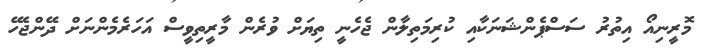
މޮރީނިއޯ އިތުރު ސަސްޕެންޝަނަކާއި ކުރިމަތިލާން ޖެހެނީ ތިޔަށް ވުރެން މާރީތިވީސް އަހަރެމެންނަށް ދޭންޖެހޭ